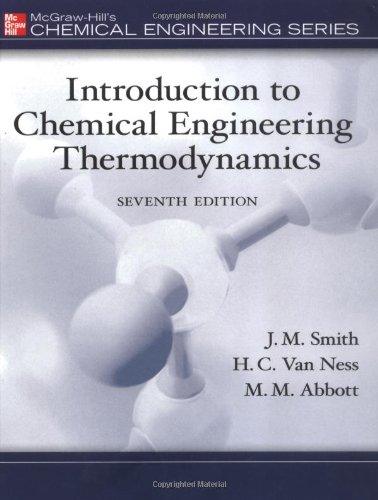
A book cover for Introduction to Chemical Engineering Thermodynamics (The Mcgraw-Hill Chemical Engineering Series); J.M. Smith; Science & Math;